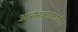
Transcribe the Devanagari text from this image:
आरंभकाळातील